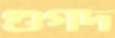
গুগদ